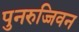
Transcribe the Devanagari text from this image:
पुनरुज्जिवन